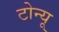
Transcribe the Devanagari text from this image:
टोन्यू